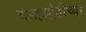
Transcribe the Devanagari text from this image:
चढाओढीच्या